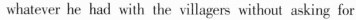
whatever he had with the villagers without asking for